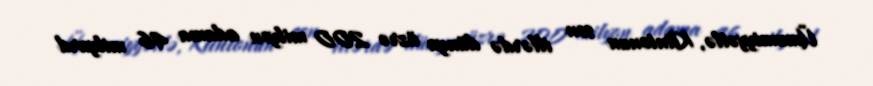
Ümumiyyətlə, Klintonun son illərdə dünya üzrə 200 milyon adama 46 milyard